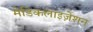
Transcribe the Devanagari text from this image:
मेडिकलाइज़ेशन